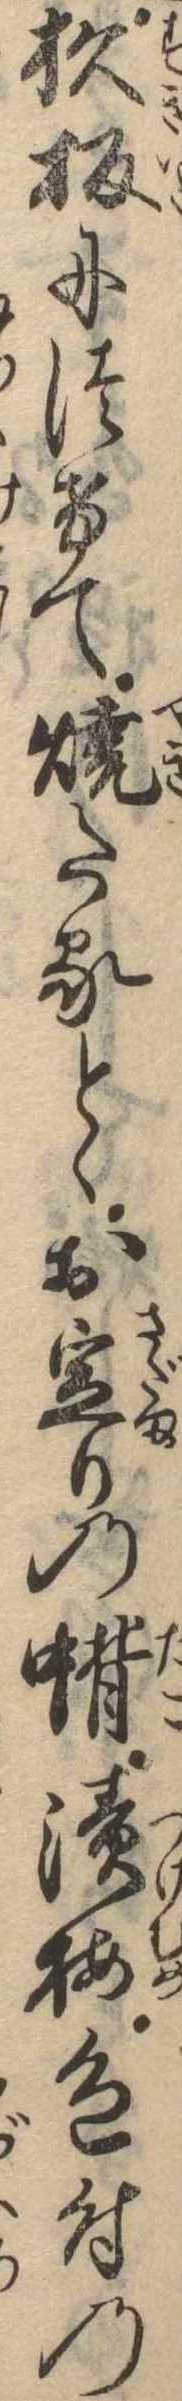
杉板につけて焼たるとゝお定りの蛸漬梅色付の